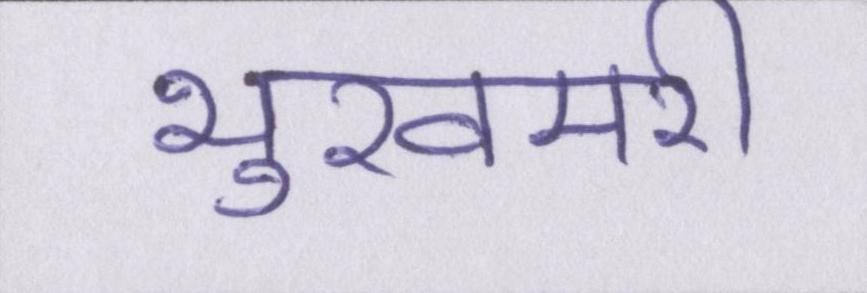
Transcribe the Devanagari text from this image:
भुखमरी